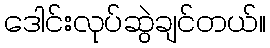
ဒေါင်းလုပ်ဆွဲချင်တယ်။